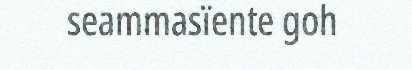
seammasïente goh